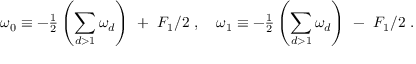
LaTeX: \omega _ { 0 } \equiv - { { \textstyle \frac { 1 } { 2 } } } \left( { \displaystyle \sum _ { d > 1 } \omega _ { d } } \right) \ + \ F _ { 1 } / 2 \ , \quad \omega _ { 1 } \equiv - { { \textstyle \frac { 1 } { 2 } } } \left( { \displaystyle \sum _ { d > 1 } \omega _ { d } } \right) \ - \ F _ { 1 } / 2 \ .